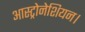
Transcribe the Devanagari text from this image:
आस्ट्रोनेशियन।